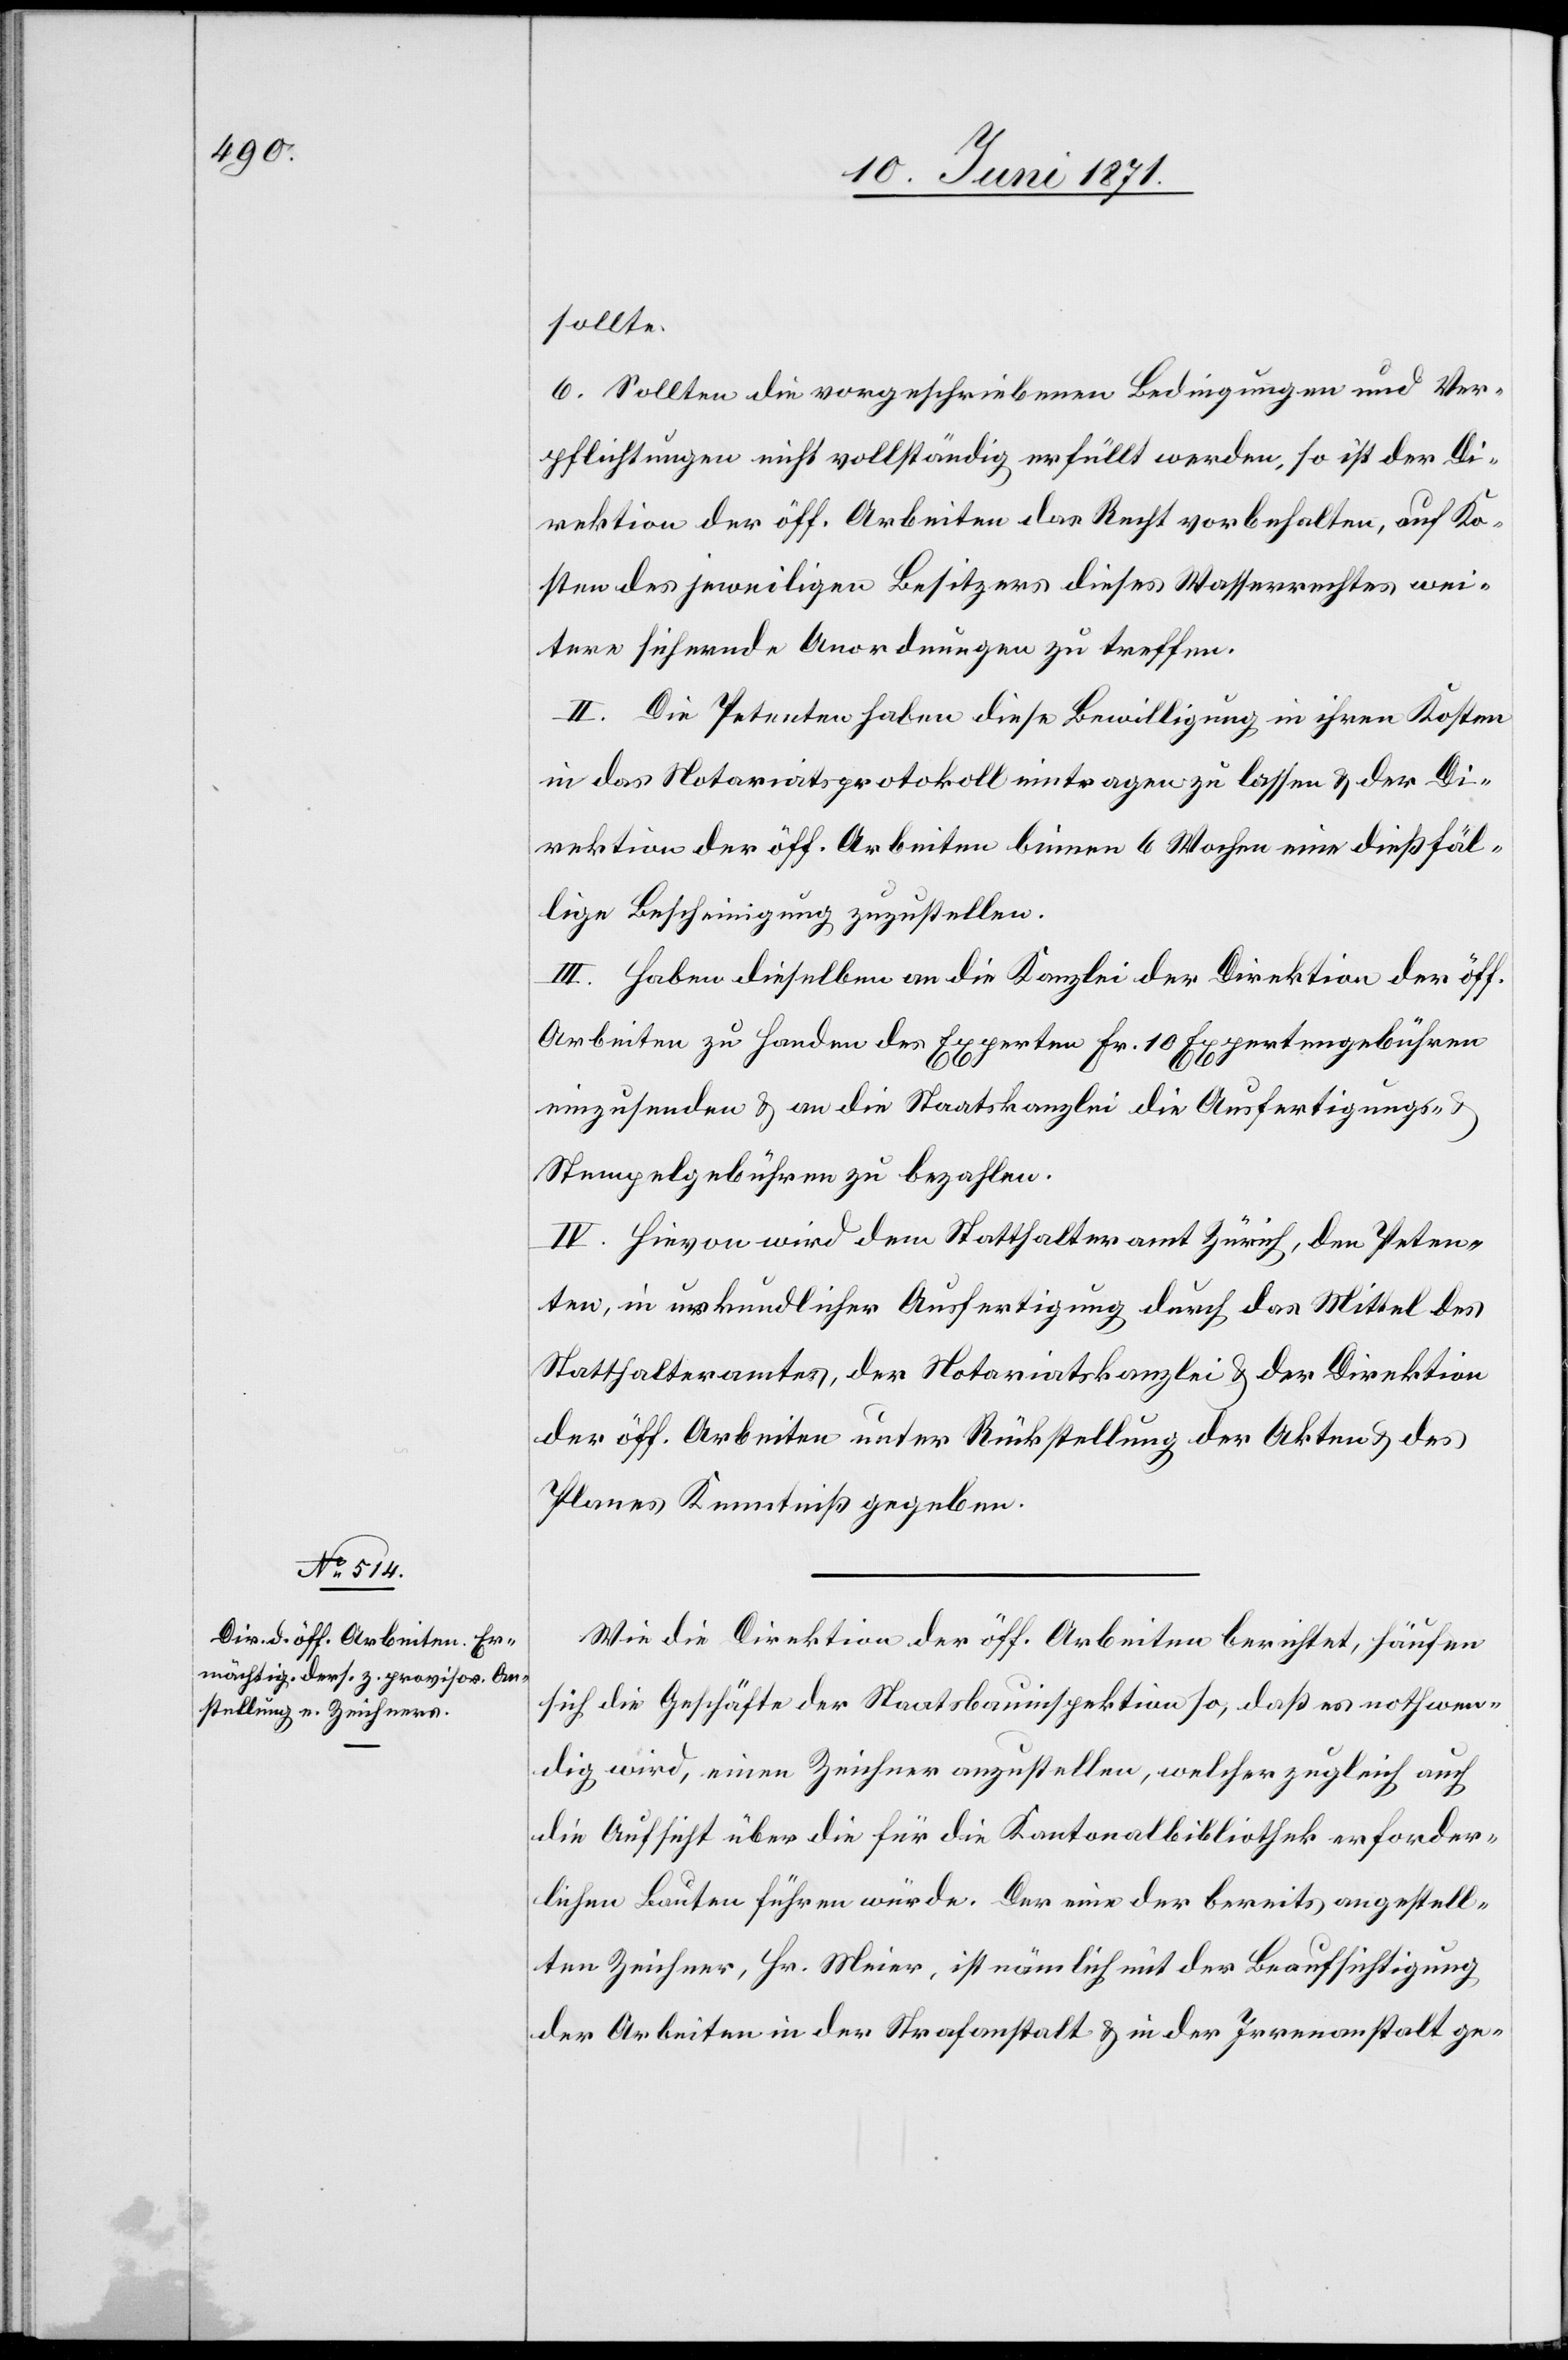
sollte.
6. Sollten die vorgeschriebenen Bedingungen und Ver¬
pflichtungen nicht vollständig erfüllt werden, so ist der Di¬
rektion der öff. Arbeiten das Recht vorbehalten, auf Ko¬
sten des jeweiligen Besitzers dieses Wasserrechtes wei¬
tere sichernde Anordnungen zu treffen.
II. Die Petenten haben diese Bewilligung in ihren Kosten
in das Notariatsprotokoll eintragen zu lassen u. der Di¬
rektion der öff. Arbeiten binnen 6 Wochen eine dießfäl¬
lige Bescheinigung zuzustellen.
III. Haben dieselben an die Kanzlei der Direktion der öff.
Arbeiten zu Handen des Experten Fr. 10 Expertengebühren
einzusenden u. an die Staatskanzlei die Ausfertigungs-
Stempelgebühren zu bezahlen.
IV. Hievon wird dem Statthalteramt Zürich, dem Peten¬
ten, in urkundlicher Ausfertigung durch das Mittel des
Statthalteramtes, der Notariatskanzlei u. der Direktion
der öff. Arbeiten unter Rückstellung der Akten u. des
Planes Kenntniß gegeben.
Wie die Direktion der öff. Arbeiten berichtet, häufen
sich die Geschäfte der Staatsbauinspektion so, daß es nothwen¬
dig wird, einen Zeichner anzustellen, welcher zugleich auch
die Aufsicht über die für die Kantonalbibliothek erforder¬
lichen Bauten führen würde. Der eine der bereits angestell¬
ten Zeichner, Hr. Meier, ist nämlich mit der Beaufsichtigung
der Arbeiten in der Strafanstalt u. in der Irrenanstalt ge-